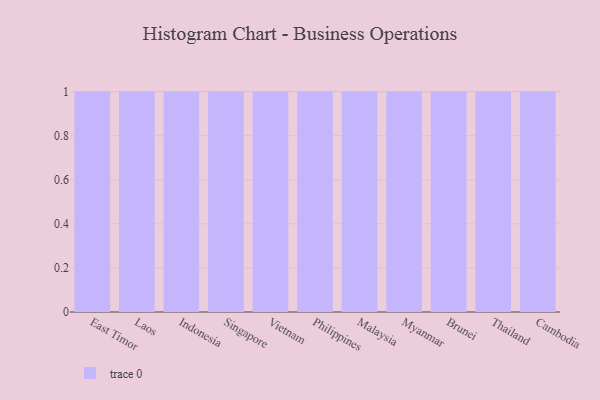
{"axis": {"x": "Country", "y": "Website Visitors"}, "legend": [""], "data": [{"x": "East Timor", "y": 100, "type": ""}, {"x": "Laos", "y": 51, "type": ""}, {"x": "Indonesia", "y": 82, "type": ""}, {"x": "Singapore", "y": 89, "type": ""}, {"x": "Vietnam", "y": 60, "type": ""}, {"x": "Philippines", "y": 45, "type": ""}, {"x": "Malaysia", "y": 24, "type": ""}, {"x": "Myanmar", "y": 81, "type": ""}, {"x": "Brunei", "y": 42, "type": ""}, {"x": "Thailand", "y": 77, "type": ""}, {"x": "Cambodia", "y": 35, "type": ""}]}